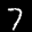
Label: 7